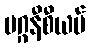
မဂ္ဂနီစီယမ်